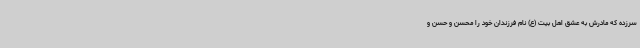
سرزده که مادرش به عشق اهل بیت (ع) نام فرزندان خود را محسن و حسن و